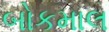
બોકમાલ